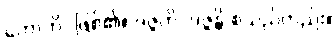
ဟောတိ- ဖြစ်၏။ ဒဇ္ဇတိ, ဒဇ္ဇန္တိ စသည်တည်း။